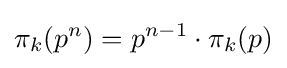
\pi _{k}(p^{n})=p^{n-1}\cdot \pi _{k}(p)